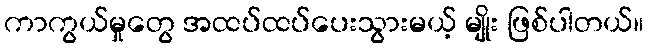
ကာကွယ်မှုတွေ အထပ်ထပ်ပေးသွားမယ့် မျိုး ဖြစ်ပါတယ်။